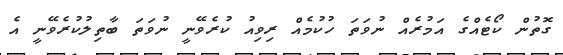
ގޮތުން ކޯޓެއްގެ އަމުރެއް ނުވަތަ ހުކުމެއް ރިވިއު ކުރެވޭނީ ނުވަތަ ބާތިލުކުރެވޭނީ އެ